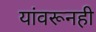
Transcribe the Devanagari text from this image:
यांवरूनही